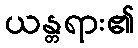
ယန္တရား၏